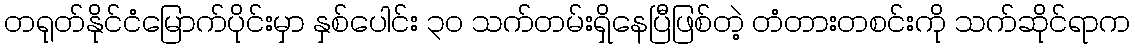
တရုတ်နိုင်ငံမြောက်ပိုင်းမှာ နှစ်ပေါင်း ၃၀ သက်တမ်းရှိနေပြီဖြစ်တဲ့ တံတားတစင်းကို သက်ဆိုင်ရာက